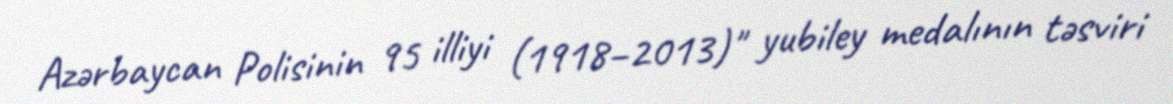
Azərbaycan Polisinin 95 illiyi (1918–2013)" yubiley medalının təsviri